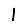
Digit: 1